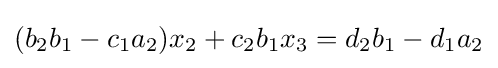
(b_{2}b_{1}-c_{1}a_{2})x_{2}+c_{2}b_{1}x_{3}=d_{2}b_{1}-d_{1}a_{2}